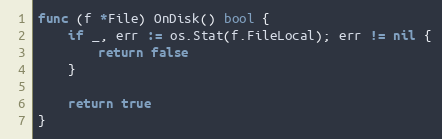
Language: Go
func (f *File) OnDisk() bool {
	if _, err := os.Stat(f.FileLocal); err != nil {
		return false
	}

	return true
}